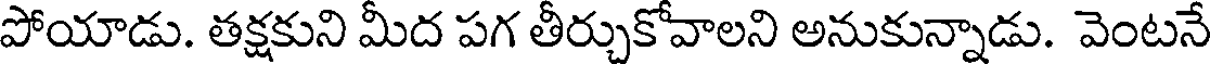
పోయాడు. తక్షకుని మీద పగ తీర్చుకోవాలని అనుకున్నాడు. వెంటనే